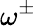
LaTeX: \omega^{\pm}